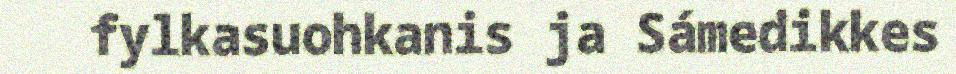
fylkasuohkanis ja Sámedikkes